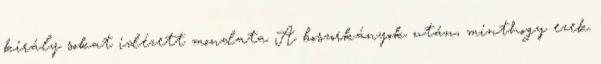
király sokat idézett mondata A boszorkányok után, minthogy ezek